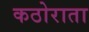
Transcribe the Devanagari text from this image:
कठोराता